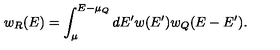
w _ { R } ( E ) = \int _ { \mu } ^ { E - \mu _ { Q } } d E ^ { \prime } w ( E ^ { \prime } ) w _ { Q } ( E - E ^ { \prime } ) .